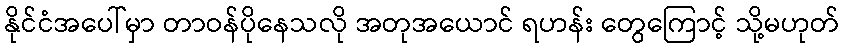
နိုင်ငံအပေါ်မှာ တာဝန်ပိုနေသလို အတုအယောင် ရဟန်း တွေကြောင့် သို့မဟုတ်